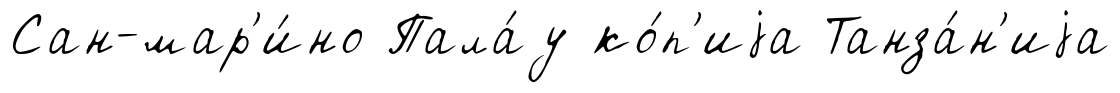
Сан-мар'и́но Пала́у ко́п'иjа Танза́н'иjа